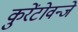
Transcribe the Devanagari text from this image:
कुरेंटोवन्जे